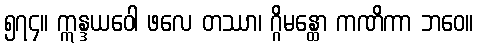
၅၇၄။ ဣန္ဒယဝေါ ဖလေ တဿာ၊ ဂ္ဂိမန္ထော ကဏိကာ ဘဝေ။